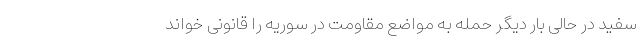
سفید در حالی بار دیگر حمله به مواضع مقاومت در سوریه را قانونی خواند